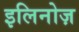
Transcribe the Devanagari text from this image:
इलिनोज़